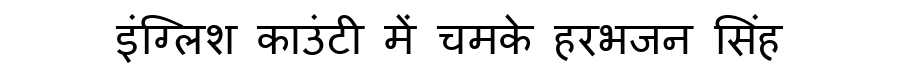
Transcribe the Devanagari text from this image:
इंग्लिश काउंटी में चमके हरभजन सिंह